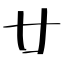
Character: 廿